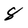
Character: 8